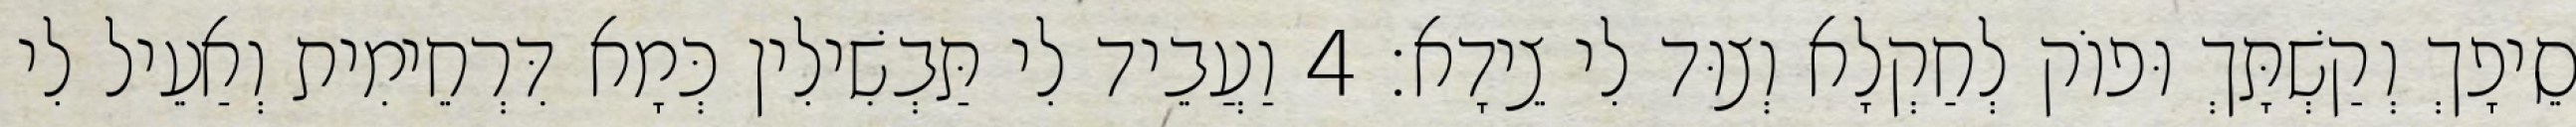
סֵיפָךְ וְקַשְׁתָּךְ וּפוֹק לְחַקְלָא וְצוּד לִי צֵידָא׃ 4 וַעֲבֵיד לִי תַּבְשִׁילִין כְּמָא דִּרְחֵימִית וְאַעֵיל לִי